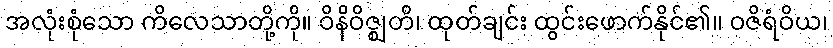
အလုံးစုံသော ကိလေသာတို့ကို။ ဝိနိဝိဇ္ဈတိ၊ ထုတ်ချင်း ထွင်းဖောက်နိုင်၏။ ဝဇိရံဝိယ၊